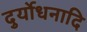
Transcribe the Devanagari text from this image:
दुर्योधनादि